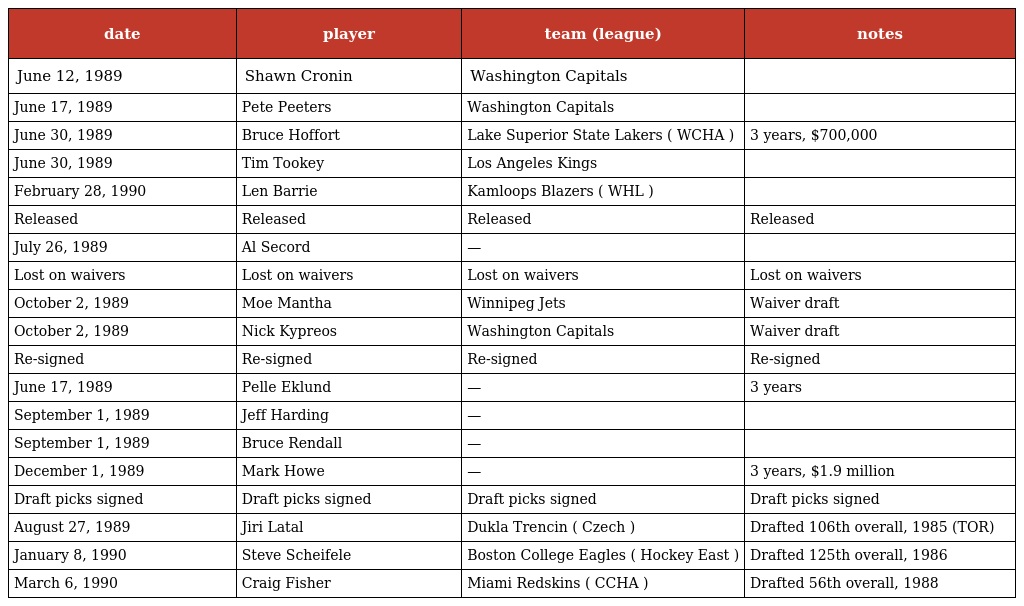
| date | player | team (league) | notes |
 | --- | --- | --- | --- |
 | June 12, 1989 | Shawn Cronin | Washington Capitals |  |
 | June 17, 1989 | Pete Peeters | Washington Capitals |  |
 | June 30, 1989 | Bruce Hoffort | Lake Superior State Lakers ( WCHA ) | 3 years, $700,000 |
 | June 30, 1989 | Tim Tookey | Los Angeles Kings |  |
 | February 28, 1990 | Len Barrie | Kamloops Blazers ( WHL ) |  |
 | Released | Released | Released | Released |
 | July 26, 1989 | Al Secord | — |  |
 | Lost on waivers | Lost on waivers | Lost on waivers | Lost on waivers |
 | October 2, 1989 | Moe Mantha | Winnipeg Jets | Waiver draft |
 | October 2, 1989 | Nick Kypreos | Washington Capitals | Waiver draft |
 | Re-signed | Re-signed | Re-signed | Re-signed |
 | June 17, 1989 | Pelle Eklund | — | 3 years |
 | September 1, 1989 | Jeff Harding | — |  |
 | September 1, 1989 | Bruce Rendall | — |  |
 | December 1, 1989 | Mark Howe | — | 3 years, $1.9 million |
 | Draft picks signed | Draft picks signed | Draft picks signed | Draft picks signed |
 | August 27, 1989 | Jiri Latal | Dukla Trencin ( Czech ) | Drafted 106th overall, 1985 (TOR) |
 | January 8, 1990 | Steve Scheifele | Boston College Eagles ( Hockey East ) | Drafted 125th overall, 1986 |
 | March 6, 1990 | Craig Fisher | Miami Redskins ( CCHA ) | Drafted 56th overall, 1988 |